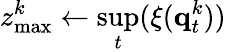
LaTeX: z_{\mathrm{max}}^{k}\leftarrow\underset{t}{\operatorname*{sup}}(\xi(\textbf{q}_{t}^{k}))